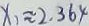
x _ { 1 } \approx 2 . 3 6 4